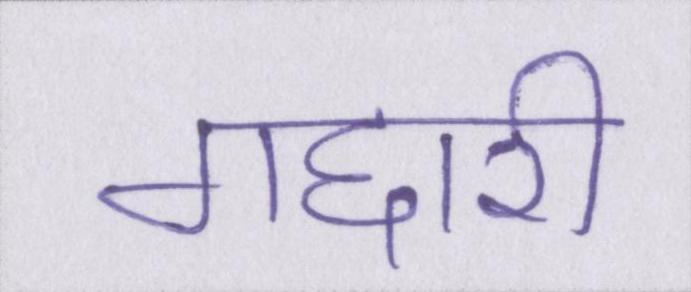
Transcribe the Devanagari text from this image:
गद्दारी